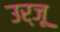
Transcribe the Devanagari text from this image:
उर्जू